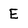
Character: E